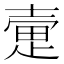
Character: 𫯃